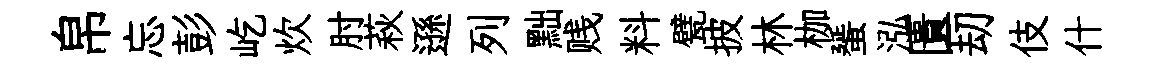
帛忘彭屹炊肘萩遜列黜贱料甓披林枷蜑泓匱刧伎什